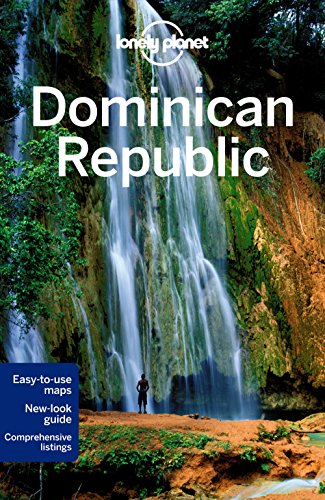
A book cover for Lonely Planet Dominican Republic (Travel Guide); Lonely Planet; Travel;